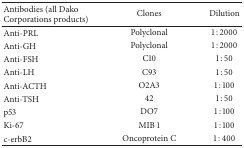
<table><thead><tr><td><b>Antibodies (all Dako Corporations products)</b></td><td><b>Clones</b></td><td><b>Dilution</b></td></tr></thead><tbody><tr><td>Anti-PRL</td><td>Polyclonal</td><td>1 : 2000</td></tr><tr><td>Anti-GH</td><td>Polyclonal</td><td>1 : 2000</td></tr><tr><td>Anti-FSH</td><td>C10</td><td>1 : 50</td></tr><tr><td>Anti-LH</td><td>C93</td><td>1 : 50</td></tr><tr><td>Anti-ACTH</td><td>O2A3</td><td>1 : 100</td></tr><tr><td>Anti-TSH</td><td>42</td><td>1 : 50</td></tr><tr><td>p53</td><td>DO7</td><td>1 : 100</td></tr><tr><td>Ki-67</td><td>MIB 1</td><td>1 : 100</td></tr><tr><td>c-erbB2</td><td>Oncoprotein C</td><td>1 : 400</td></tr></tbody></table>